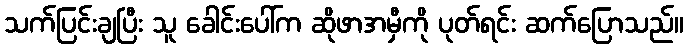
သက်ပြင်းချပြီး သူ ခေါင်းပေါ်က ဆိုဖာအမှီကို ပုတ်ရင်း ဆက်ပြောသည်။